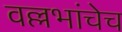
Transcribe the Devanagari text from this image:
वल्लभांचेच